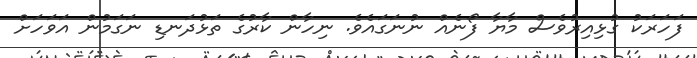
ފަހަރަކު ގުޅިއިރުވެސް މާޔާ ފޯނެއް ނުނަގައެވެ. ނިހާން ކާރުގެ ތަޅުދަނޑި ނަގަމުން އަވަހަށް